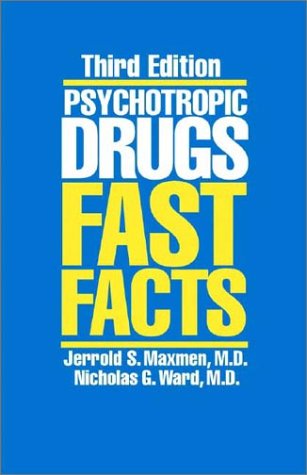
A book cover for Psychotropic Drugs: Fast Facts; Nicholas G. Ward; Medical Books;